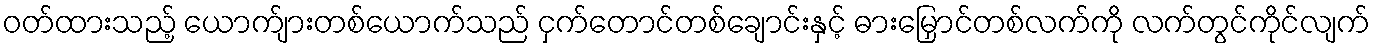
ဝတ်ထားသည့် ယောက်ျားတစ်ယောက်သည် ငှက်တောင်တစ်ချောင်းနှင့် ဓားမြှောင်တစ်လက်ကို လက်တွင်ကိုင်လျက်